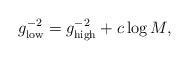
LaTeX: \begin{align*}g^{-2}_{\rm low} = g^{-2}_{\rm high} + c \log M,\end{align*}